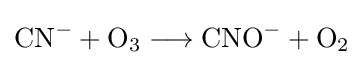
{\mathrm {CN} {\vphantom {A}}^{-}{}+{}\mathrm {O} {\vphantom {A}}_{\smash[{t}]{3}}{}\mathrel {\longrightarrow } {}\mathrm {CNO} {\vphantom {A}}^{-}{}+{}\mathrm {O} {\vphantom {A}}_{\smash[{t}]{2}}}